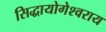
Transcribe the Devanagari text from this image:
सिद्धायोगेश्वराय